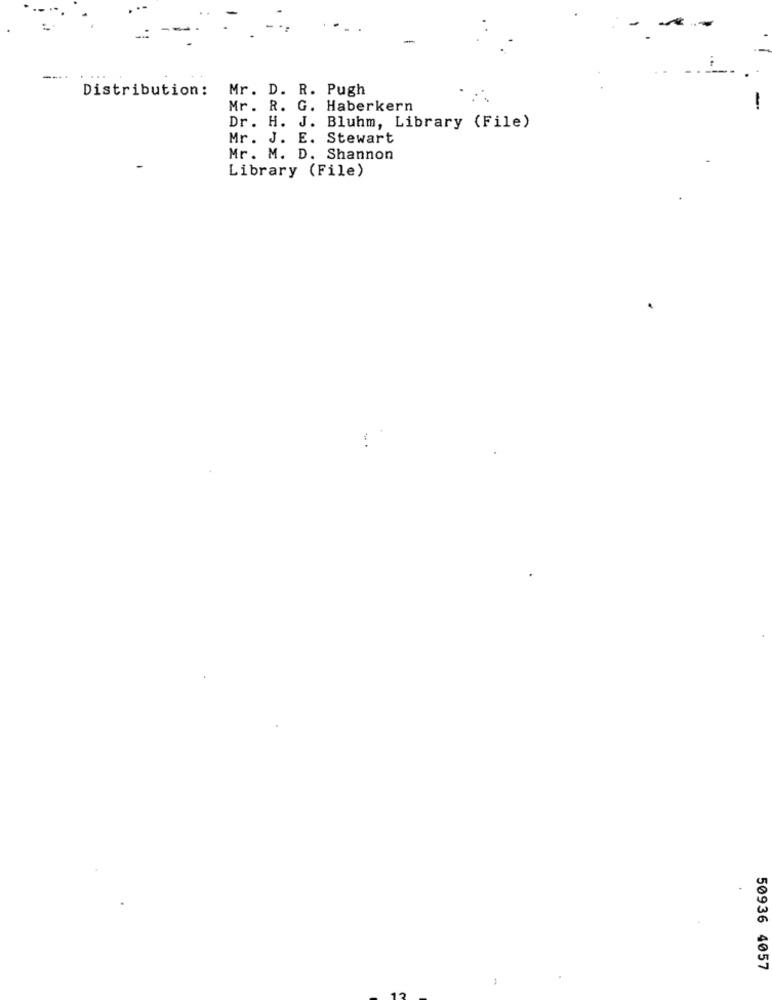
-
Distribution:
Mr . D. R. Pugh
Mr. R. G. Haberkern
Dr. H. J. Bluhm, Library (File)
Mr. J. E. Stewart
Mr. M. D. Shannon
Library (File)
50936 4057